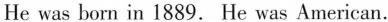
He was born in 1889. He was American.